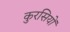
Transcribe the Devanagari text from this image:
कुरसियों